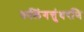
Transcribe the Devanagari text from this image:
कलिंगत्तुंधरणि